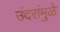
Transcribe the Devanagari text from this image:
उंदरांमुळे